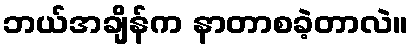
ဘယ်အချိန်က နာတာစခဲ့တာလဲ။